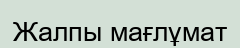
Жалпы мағлұмат